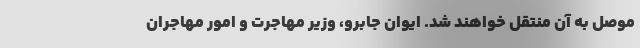
موصل به آن منتقل خواهند شد. ایوان جابرو، وزیر مهاجرت و امور مهاجران